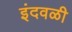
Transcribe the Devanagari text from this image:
इंदवळी